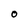
Character: O